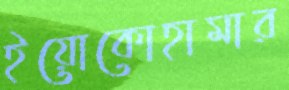
ইয়োকোহামার